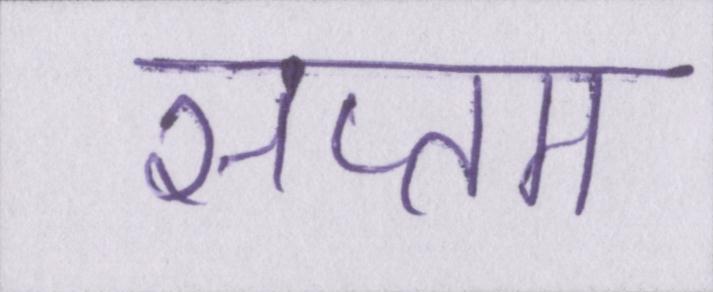
सप्तम